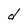
Character: d